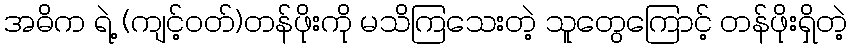
အဓိက ရဲ့ (ကျင့်ဝတ်)တန်ဖိုးကို မသိကြသေးတဲ့ သူတွေကြောင့် တန်ဖိုးရှိတဲ့